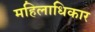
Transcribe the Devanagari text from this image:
महिलाधिकार